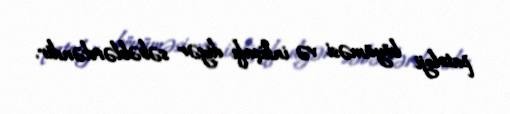
patoloji böyüməsi və inkişafı digər səbəblərdəndir.